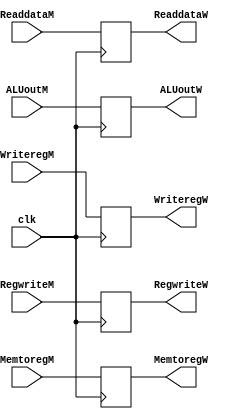
`timescale 1ns / 1ps
//////////////////////////////////////////////////////////////////////////////////
// Company: 
// Engineer: 
// 
// Design Name: 
// Module Name: RegMW
// Project Name: 
// Target Devices: 
// Tool Versions: 
// Description: 
// 
// Dependencies: 
// 
// Revision:
// Revision 0.01 - File Created
// Additional Comments:
// 
//////////////////////////////////////////////////////////////////////////////////


module RegMW(
input clk,
input RegwriteM,
input MemtoregM,
input [31:0]ReaddataM,
input [31:0]ALUoutM,
input [4:0]WriteregM,
output reg RegwriteW,
output reg MemtoregW,
output reg [31:0]ReaddataW,
output reg [31:0]ALUoutW,
output reg [4:0]WriteregW
    );
 always @(posedge clk) 
    begin
           RegwriteW<=RegwriteM;
           MemtoregW<=MemtoregM;
           ALUoutW<=ALUoutM;
           ReaddataW<=ReaddataM; 
           WriteregW<=WriteregM;
     end
endmodule